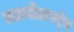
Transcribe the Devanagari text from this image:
तलयोलपर्ंब